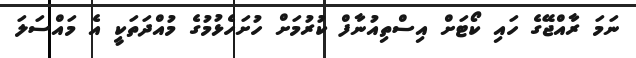
ނަމަ ރާއްޖޭގެ ހައި ކޯޓަށް އިސްތިއުނާފް ކުރުމަށް ހުށަހެޅުމުގެ މުއްދަތަކީ އެ މައްސަލަ